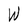
Character: W